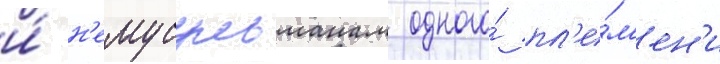
и́ н'емусульманам одного́ пл'е́м'ен'и